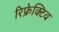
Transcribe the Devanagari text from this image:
रिफ्रेक्टिव